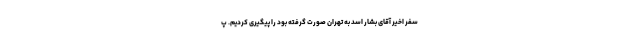
سفر اخیر آقای بشار اسد به تهران صورت گرفته بود را پیگیری کردیم. پ